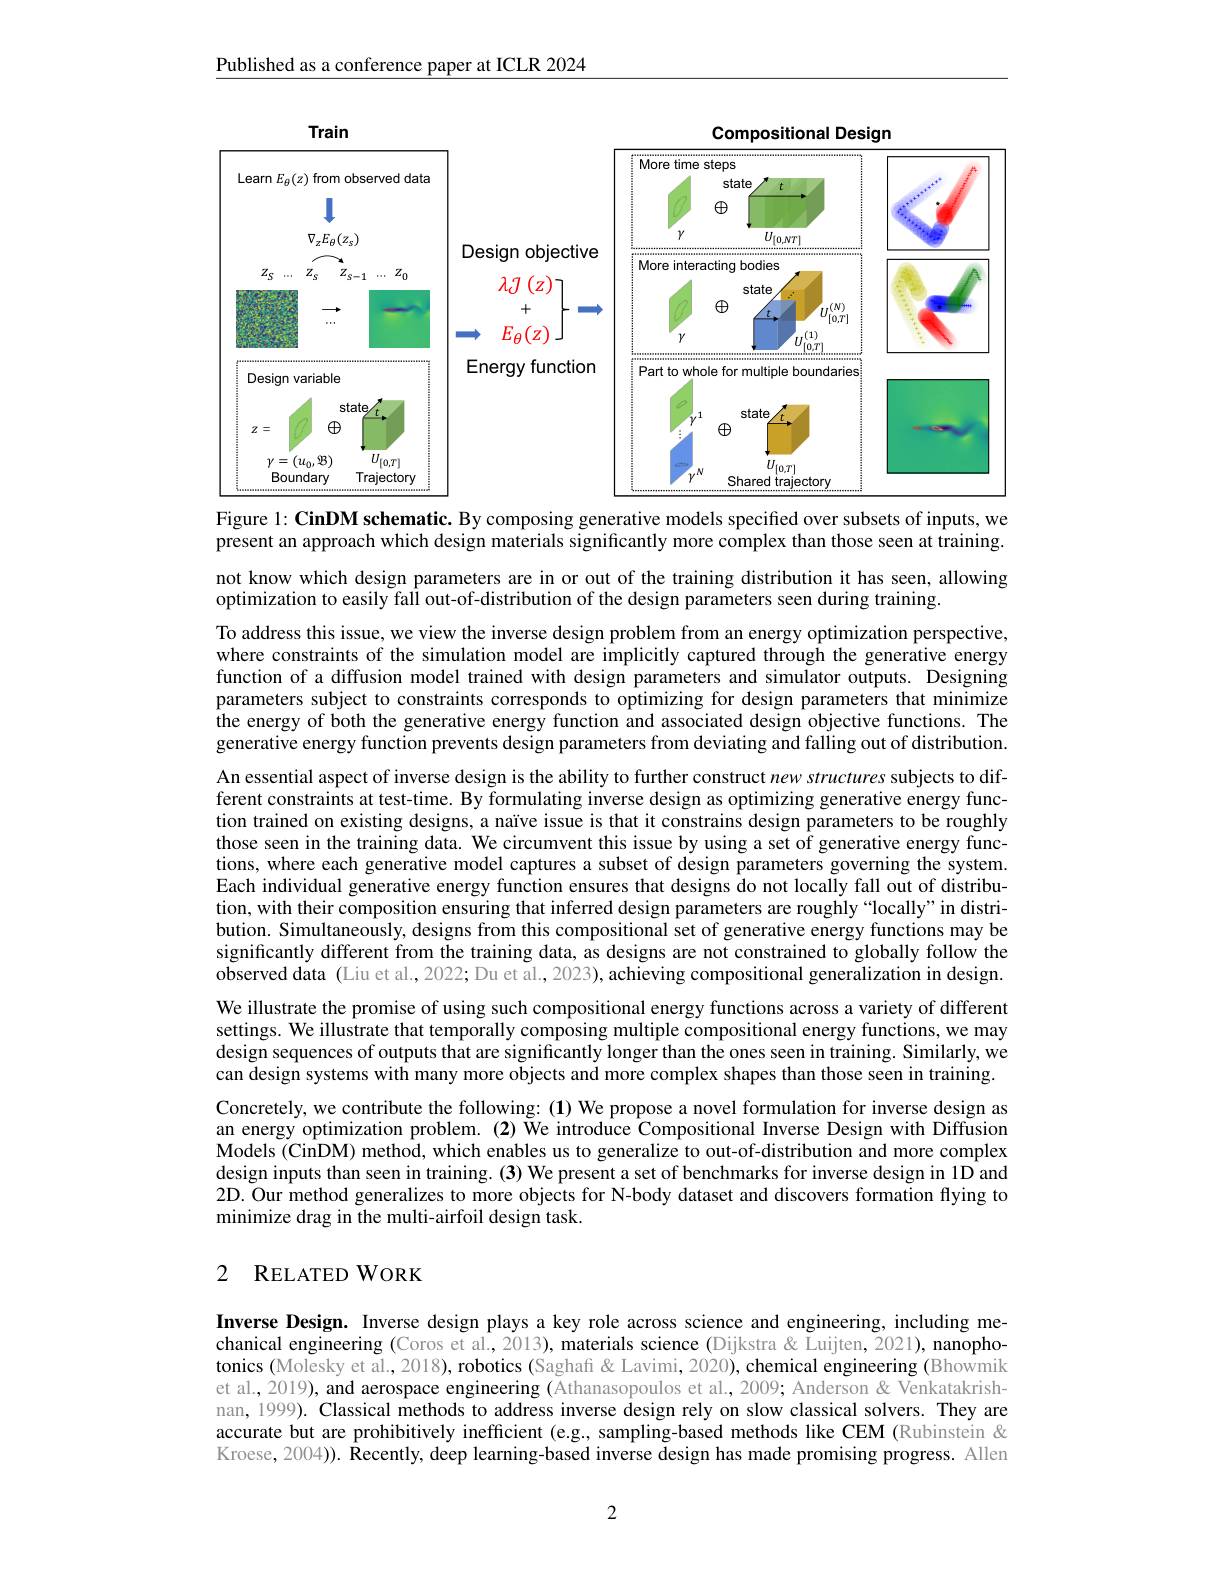
Published as a conference paper at ICLR 2024

<FigureHere>
Figure 1: CinDM schematic. By composing generative models specified over subsets of inputs, we

present an approach which design materials significantly more complex than those seen at training.

not know which design parameters are in or out of the training distribution it has seen, allowing
optimization to easily fall out-of-distribution of the design parameters seen during training.

To address this issue, we view the inverse design problem from an energy optimization perspective, where constraints of the simulation model are implicitly captured through the generative energy function of a diffusion model trained with design parameters and simulator outputs. Designing parameters subject to constraints corresponds to optimizing for design parameters that minimize the energy of both the generative energy function and associated design objective functions. The generative energy function prevents design parameters from deviating and falling out of distribution. An essential aspect of inverse design is the ability to further construct new structures subjects to different constraints at test-time. By formulating inverse design as optimizing generative energy function trained on existing designs, a naïve issue is that it constrains design parameters to be roughly those seen in the training data. We circumvent this issue by using a set of generative energy functions, where each generative model captures a subset of design parameters governing the system. Each individual generative energy function ensures that designs do not locally fall out of distribution, with their composition ensuring that inferred design parameters are roughly“locally”in distribution. Simultaneously, designs from this compositional set of generative energy functions may be significantly different from the training data, as designs are not constrained to globally follow the observed data (Liu et al., 2022; Du et al., 2023), achieving compositional generalization in design. We illustrate the promise of using such compositional energy functions across a variety of different settings. We illustrate that temporally composing multiple compositional energy functions, we may design sequences of outputs that are significantly longer than the ones seen in training. Similarly, we can design systems with many more objects and more complex shapes than those seen in training. Concretely, we contribute the following: (1) We propose a novel formulation for inverse design as an energy optimization problem. (2) We introdûce Compositional Inverse Design with Diffüsion Models (CinDM) method, which enables us to generalize to out-of-distribution and more complex design inputs than seen in training. (3) We present a set of benchmarks for inverse design in 1D and 2D. Our method generalizes to more objects for N-body dataset and discovers formation flying to minimize drag in the multi-airfoil design task.

### 2 RELATEDWORK

Inverse Design. Inverse design plays a key role across science and engineering, including mechanical engineering (Coros et al., 2013), materials science (Dijkstra& Luijten, 2021), nanophotonics (Molesky et al., 2018), robotics (Saghafi& Lavimi, 2020), chemical engineering (Bhowmik et al., 2019), and aerospace engineering (Athanasopoulos et al., 2009; Anderson & Venkatakrishnan, 1999). Classical methods to address inverse design rely on slow classical solvers. They are accurate but are prohibitively inefficient (e.g., sampling-based methods like CEM (Rubinstein & Kroese, 2004)). Recently, deep learning-based inverse design has made promising progress. Allen

2